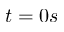
t = 0 s